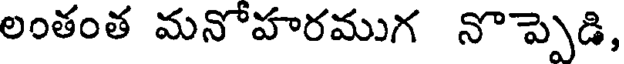
లంతంత మనోహరముగ నొప్పెడి,